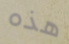
هذه